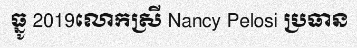
ធ្នូ 2019លោកស្រី Nancy Pelosi ប្រធាន